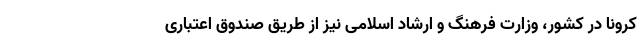
کرونا در کشور، وزارت فرهنگ و ارشاد اسلامی نیز از طریق صندوق اعتباری